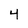
Character: 4